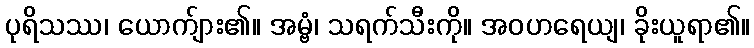
ပုရိသဿ၊ ယောက်ျား၏။ အမ္ဗံ၊ သရက်သီးကို။ အဝဟရေယျ၊ ခိုးယူရာ၏။